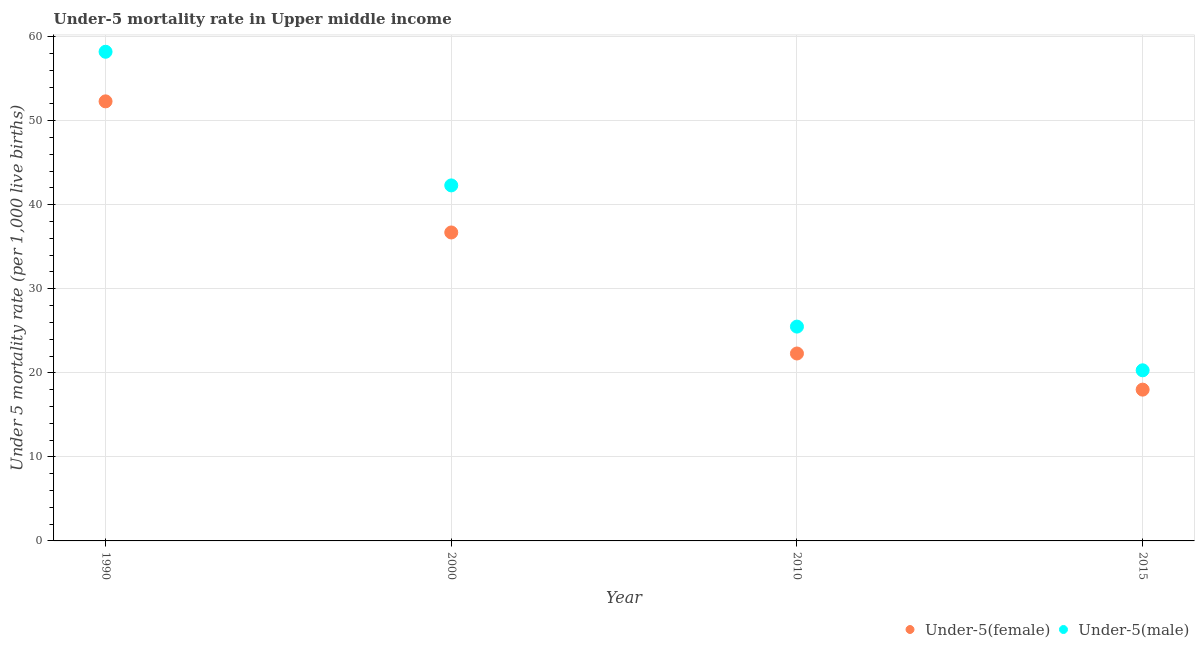
| Year | Under-5(female) | Under-5(male) |
 | --- | --- | --- |
 | 1990 | 52.3 | 58.2 |
 | 2000 | 36.7 | 42.3 |
 | 2010 | 22.3 | 25.5 |
 | 2015 | 18 | 20.3 |